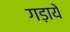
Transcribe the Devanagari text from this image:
गड़ाये